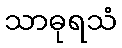
သာဓုရသံ